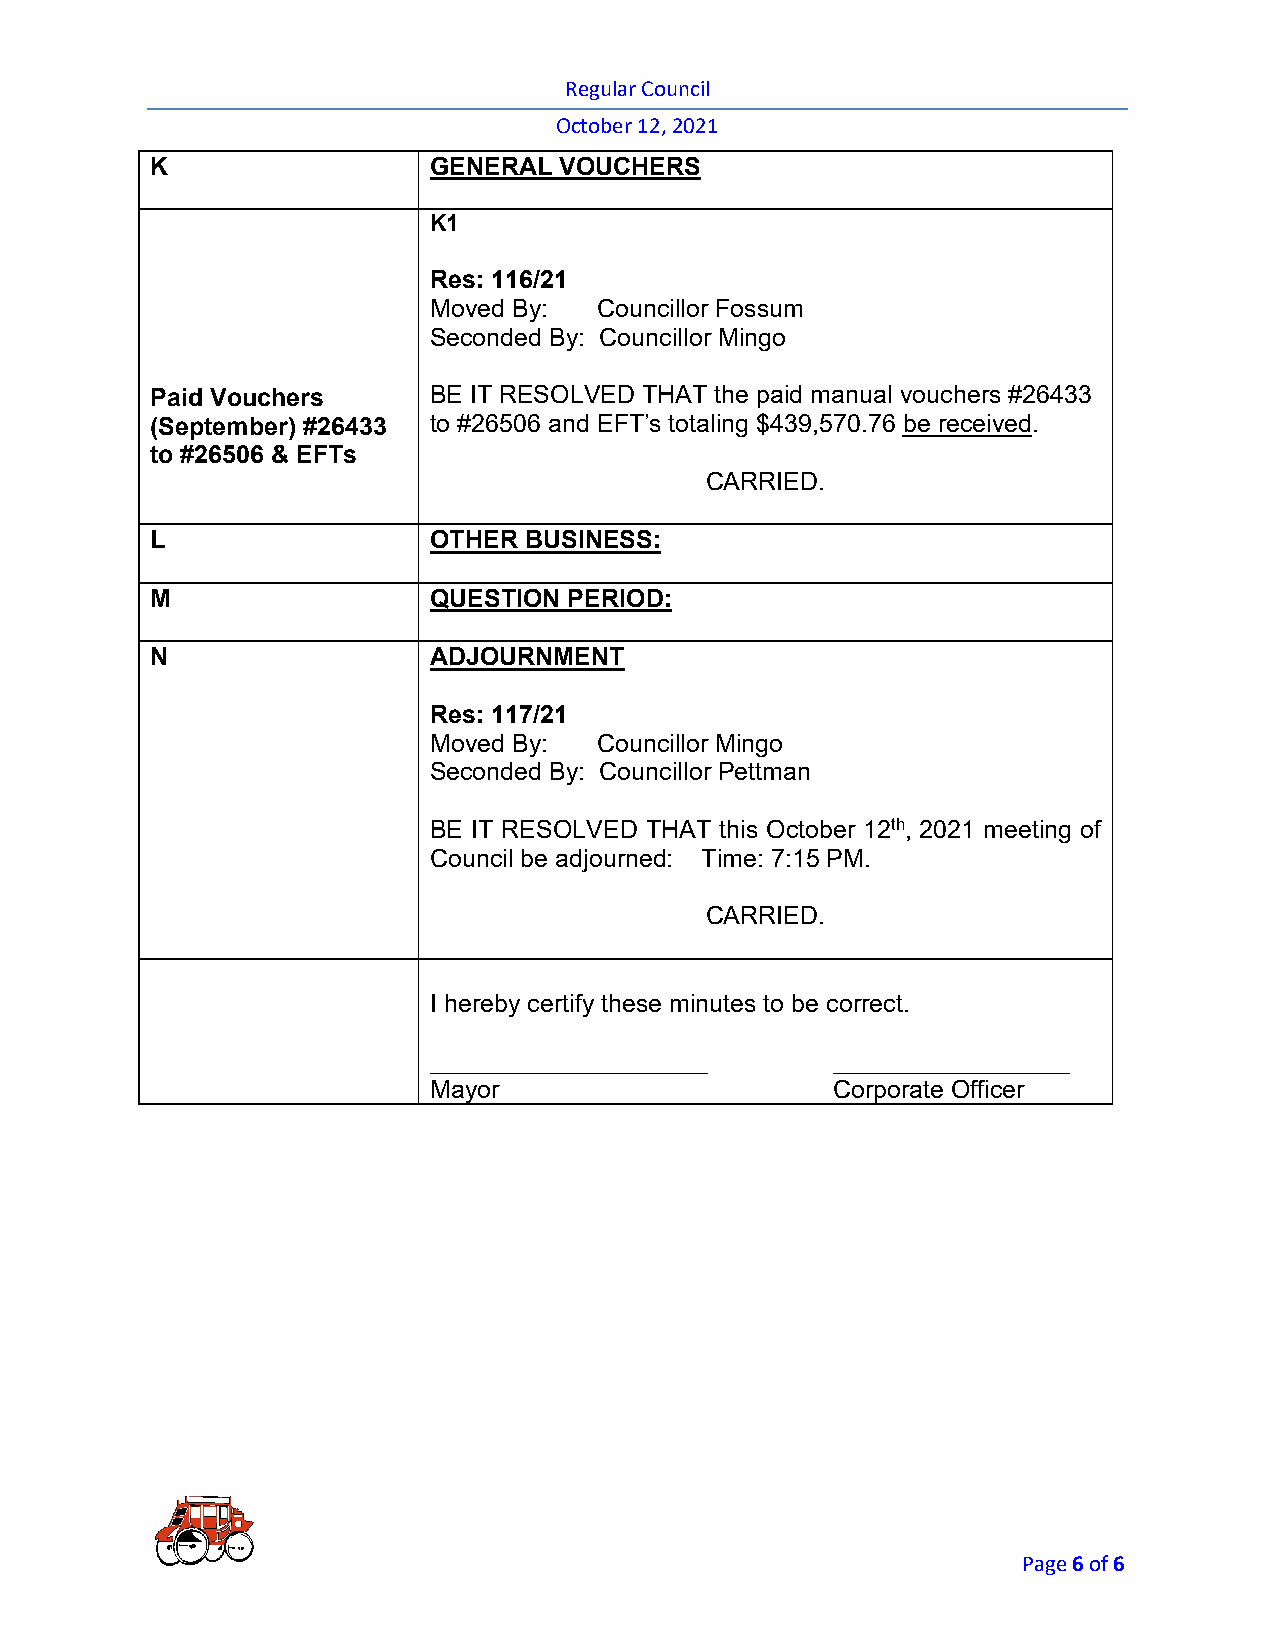
Regular Council
 October 12, 2021
 K                 GENERAL  VOUCHERS
 K1
 Res: 116/21
 Moved By:   Councillor Fossum
 Seconded By: Councillor Mingo
 Paid Vouchers     BE IT RESOLVED THAT the paid manual vouchers #26433
 (September) #26433 to #26506 and EFT’s totaling $439,570.76 be received.
 to #26506 & EFTs
 CARRIED.
 L                 OTHER  BUSINESS:
 M                 QUESTION  PERIOD:
 N                 ADJOURNMENT
 Res: 117/21
 Moved By:   Councillor Mingo
 Seconded By: Councillor Pettman
 BE IT RESOLVED THAT this October 12th, 2021 meeting of
 Council be adjourned: Time: 7:15 PM.
 CARRIED.
 I hereby certify these minutes to be correct.
 ____________________       _________________
 Mayor                      Corporate Officer
 Page 6 of 6